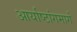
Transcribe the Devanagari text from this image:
आर्याष्टांगमार्ग